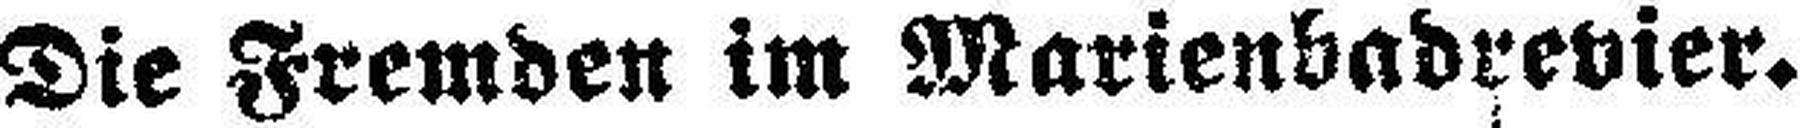
Die Fremden im Marienbadrevier.